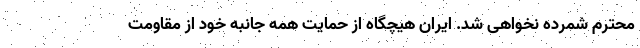
محترم شمرده نخواهی شد. ایران هیچگاه از حمایت همه جانبه خود از مقاومت